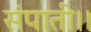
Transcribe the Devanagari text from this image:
संपाती।।